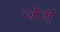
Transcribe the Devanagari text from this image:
जेल्